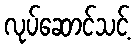
လုပ်ဆောင်သင့်